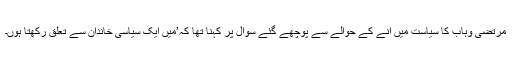
مرتضیٰ وہاب کا سیاست میں آنے کے حوالے سے پوچھے گئے سوال پر کہنا تھا کہ’میں ایک سیاسی خاندان سے تعلق رکھتا ہوں۔